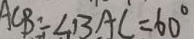
A C B = \angle B A C = 6 0 ^ { \circ }